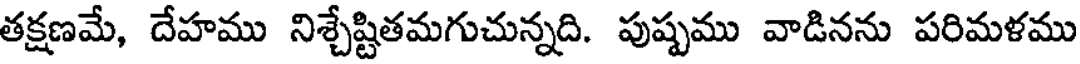
తక్షణమే, దేహము నిశ్చేష్టితమగుచున్నది. పుష్పము వాడినను పరిమళము